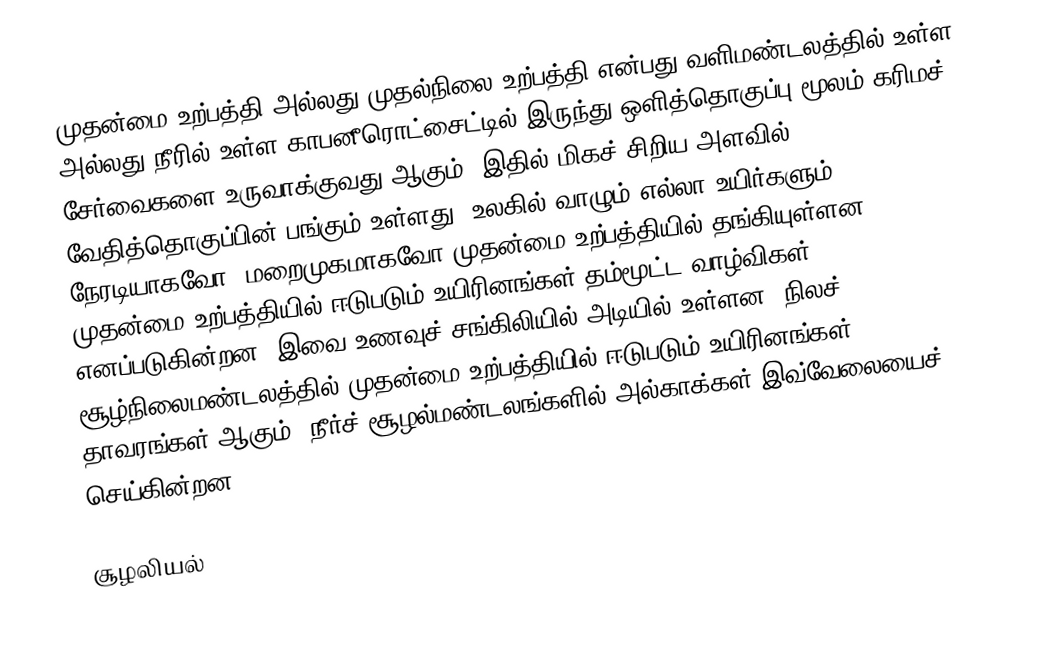
முதன்மை உற்பத்தி அல்லது முதல்நிலை உற்பத்தி என்பது வளிமண்டலத்தில் உள்ள அல்லது நீரில் உள்ள காபனீரொட்சைட்டில் இருந்து ஒளித்தொகுப்பு மூலம் கரிமச் சேர்வைகளை உருவாக்குவது ஆகும். இதில் மிகச் சிறிய அளவில் வேதித்தொகுப்பின் பங்கும் உள்ளது. உலகில் வாழும் எல்லா உயிர்களும் நேரடியாகவோ, மறைமுகமாகவோ முதன்மை உற்பத்தியில் தங்கியுள்ளன. முதன்மை உற்பத்தியில் ஈடுபடும் உயிரினங்கள் தம்மூட்ட வாழ்விகள் எனப்படுகின்றன. இவை உணவுச் சங்கிலியில் அடியில் உள்ளன. நிலச் சூழ்நிலைமண்டலத்தில் முதன்மை உற்பத்தியில் ஈடுபடும் உயிரினங்கள் தாவரங்கள் ஆகும். நீர்ச் சூழல்மண்டலங்களில் அல்காக்கள் இவ்வேலையைச் செய்கின்றன.

சூழலியல்